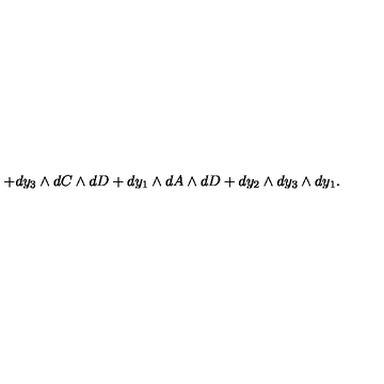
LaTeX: + d y _ { 3 } \wedge d C \wedge d D + d y _ { 1 } \wedge d A \wedge d D + d y _ { 2 } \wedge d y _ { 3 } \wedge d y _ { 1 } .